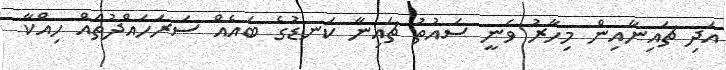
އަދި ޗައިނާއިން މިހާރު ވަނީ ސައުތު ޗައިނާ ކަނޑުގެ ބައެއް ސަރަހައްދުތައް ހިއްކާ